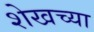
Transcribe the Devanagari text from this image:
शेखच्या